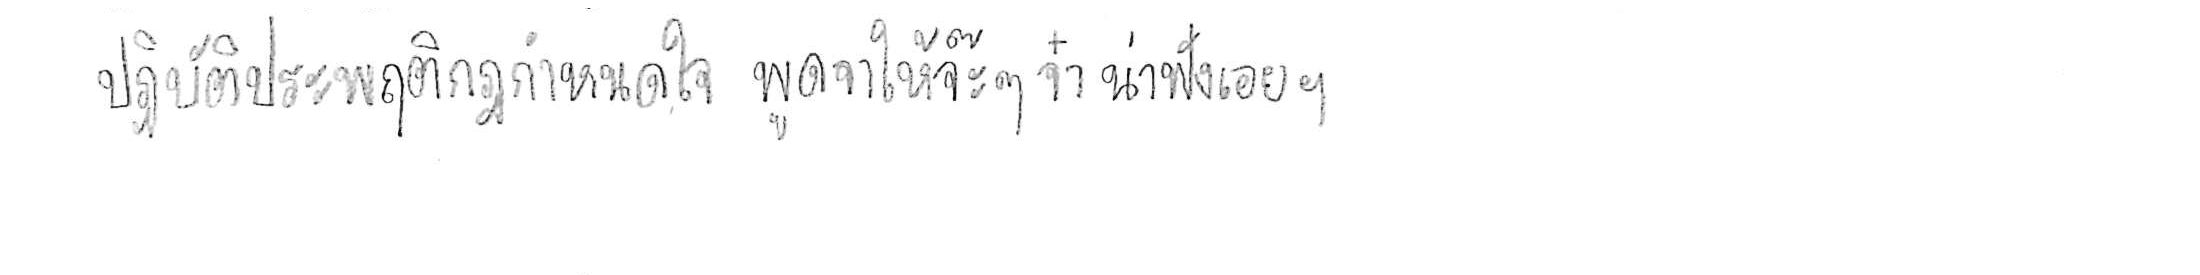
ปฏิบัติประพฤติกฎกำหนดใจ พูดจาให้จ๊ะๆ จ๋า น่าฟังเอยฯ